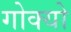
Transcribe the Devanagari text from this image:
गोक्यो